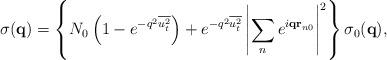
LaTeX: \begin{align*}\sigma ({\bf q})=\left\{ N_{0}\left( 1-e^{-q^{2}\overline{u_{t}^{2}}}\right)+e^{-q^{2}\overline{u_{t}^{2}}}\left| \sum_{n}e^{i{\bf qr}_{n0}}\right|^{2}\right\} \sigma _{0}({\bf q}), \end{align*}